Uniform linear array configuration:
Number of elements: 16
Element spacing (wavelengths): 0.5
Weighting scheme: hann
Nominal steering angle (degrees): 15
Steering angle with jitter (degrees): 15.41
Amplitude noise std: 0.05
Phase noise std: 0.05

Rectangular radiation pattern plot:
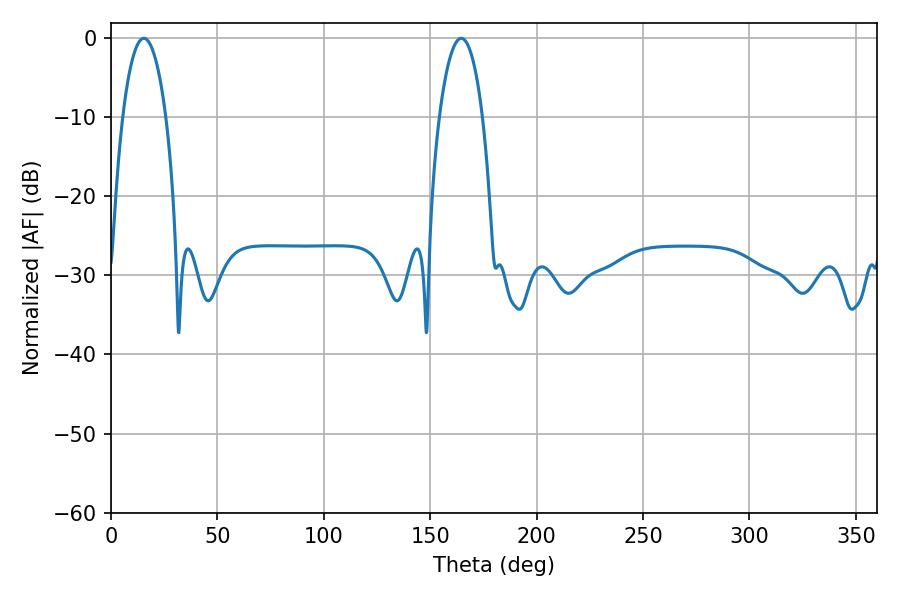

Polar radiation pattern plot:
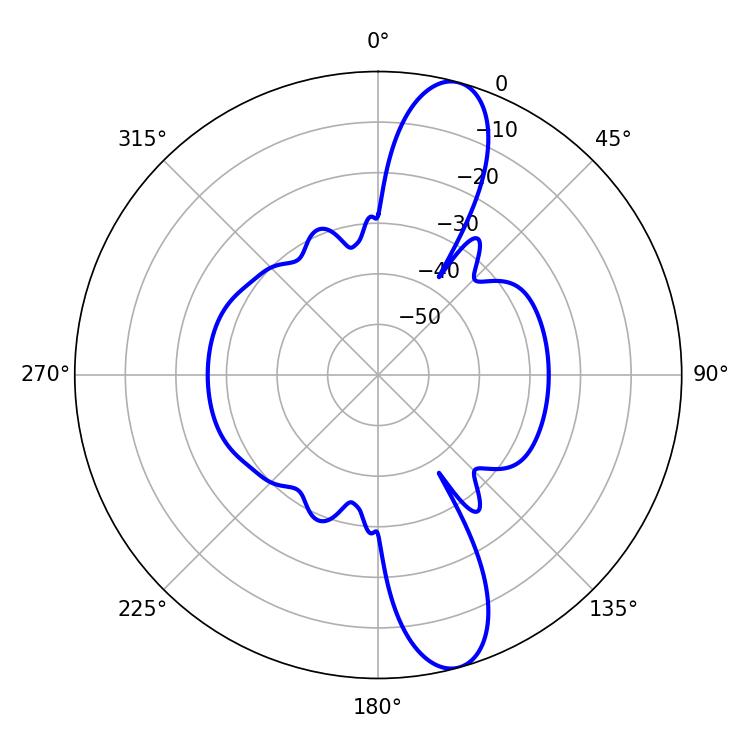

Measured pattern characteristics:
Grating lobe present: FALSE
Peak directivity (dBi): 12.507
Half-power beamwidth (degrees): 11.52
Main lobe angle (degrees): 164.52